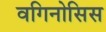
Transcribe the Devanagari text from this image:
वगिनोसिस